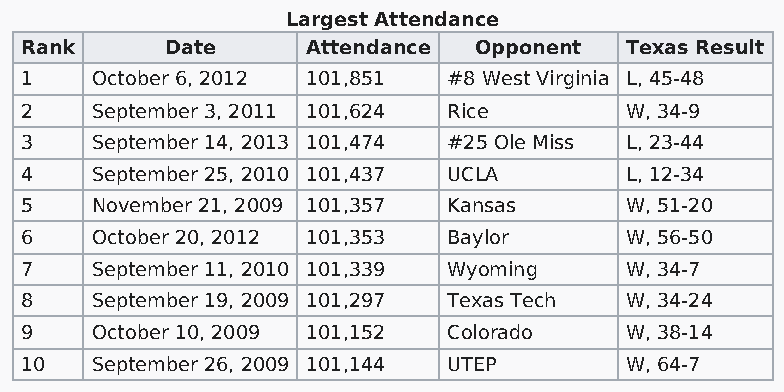
Largest Attendance
 Rank      Date     Attendance Opponent  Texas Result
 1    October 6, 2012 101,851 #8 West Virginia L, 45-48
 2    September 3, 2011 101,624 Rice     W, 34-9
 3    September 14, 2013 101,474 #25 Ole Miss L, 23-44
 4    September 25, 2010 101,437 UCLA    L, 12-34
 5    November 21, 2009 101,357 Kansas   W, 51-20
 6    October 20, 2012 101,353 Baylor    W, 56-50
 7    September 11, 2010 101,339 Wyoming W, 34-7
 8    September 19, 2009 101,297 Texas Tech W, 34-24
 9    October 10, 2009 101,152 Colorado  W, 38-14
 10   September 26, 2009 101,144 UTEP    W, 64-7